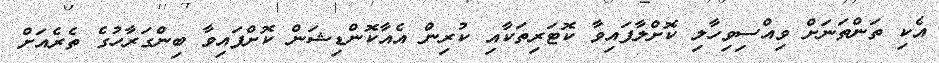
އެކި ތަންތަނަށް ވިއްސިވިހާލި ކޮށްލާފައިވާ ކޮޓަރިތަކާއި ކުރިން އެއާކޮންޑިޝަން ކޮށްފައިވާ ބިންގަރާހުގެ ތެރެއަށް